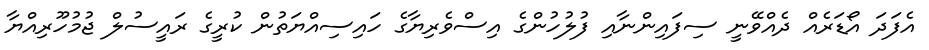
އެފަދަ އޯޑަރެއް ދެއްވޭނީ ސިފައިންނާއި ފުލުހުންގެ އިސްވެރިޔާގެ ހައިސިއްޔަތުން ކުރީގެ ރައީސުލް ޖުމުހޫރިއްޔާ